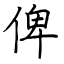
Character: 俾